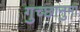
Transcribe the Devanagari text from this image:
गुच्छानुमा